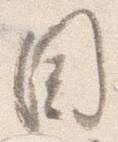
目